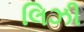
લિઝી